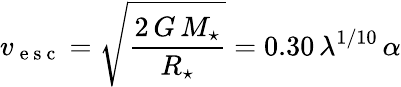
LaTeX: v_{\mathrm{~e~s~c~}}=\sqrt{\frac{2\, G\, M_{\star}}{R_{\star}}}=0.30\, \lambda^{1/10}\, \alpha